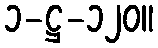
၁-ဋ္ဌ-၁၂၀။